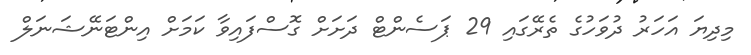
މިދިޔަ އަހަރު ދުވަހުގެ ތެރޭގައި 29 ޕަސެންޓް ދަށަށް ގޮސްފައިވާ ކަމަށް އިންޓަނޭޝަނަލް